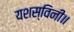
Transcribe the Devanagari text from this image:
यशस्विनी॥